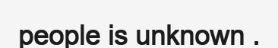
people is unknown .